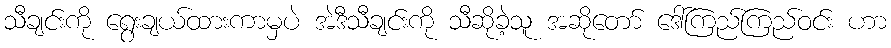
သီချင်းကို ရွေးချယ်ထားကာမှပဲ အဲဒီသီချင်းကို သီဆိုခဲ့သူ အဆိုတော် ဒေါ်ကြည်ကြည်ဝင်း ဟာ